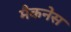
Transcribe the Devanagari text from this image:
मैकनेस